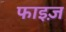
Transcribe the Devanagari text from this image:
फाइज़